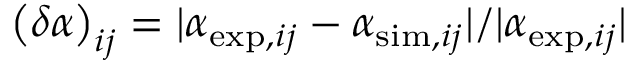
\begin{array} { r } { \big ( \delta \alpha \big ) _ { i j } = | \alpha _ { \mathrm { e x p } , i j } - \alpha _ { \mathrm { s i m } , i j } | / | \alpha _ { \mathrm { e x p } , i j } | } \end{array}